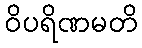
ဝိပရိဏမတိ